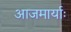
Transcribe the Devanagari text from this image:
आजमार्याः